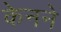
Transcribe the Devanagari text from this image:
केनने